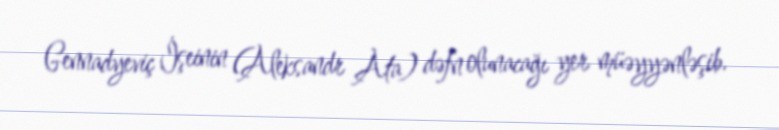
Gennadyeviç İşeinin (Aleksandr Ata) dəfn olunacağı yer müəyyənləşib.